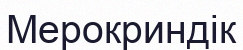
Мерокриндік